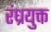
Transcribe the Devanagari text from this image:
रंध्रयुक्त